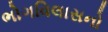
ભોગવિલાસનો